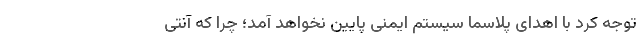
توجه کرد با اهدای پلاسما سیستم ایمنی پایین نخواهد آمد؛ چرا که آنتی